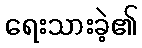
ရေးသားခဲ့၏